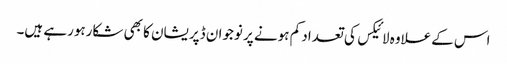
اس کےعلاوہ لائیکس کی تعداد کم ہونے پر نوجوان ڈپریشان کا بھی شکارہورہے ہیں۔